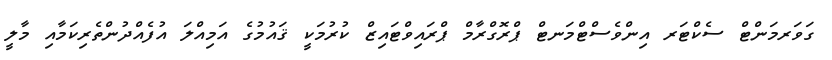
ގަވަރމަންޓް ސެކްޓަރ އިންވެސްޓްމަނޓް ޕްރޮގްރާމް ޕްރައިވްޓައިޒް ކުރުމަކީ ޤައުމުގެ އަމިއްލަ އުފެއްދުންތެރިކަމާއި މާލީ